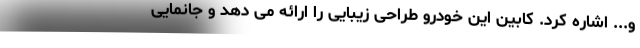
و... اشاره کرد. کابین این خودرو طراحی زیبایی را ارائه می دهد و جانمایی